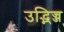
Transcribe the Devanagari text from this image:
उद्भिज्ज